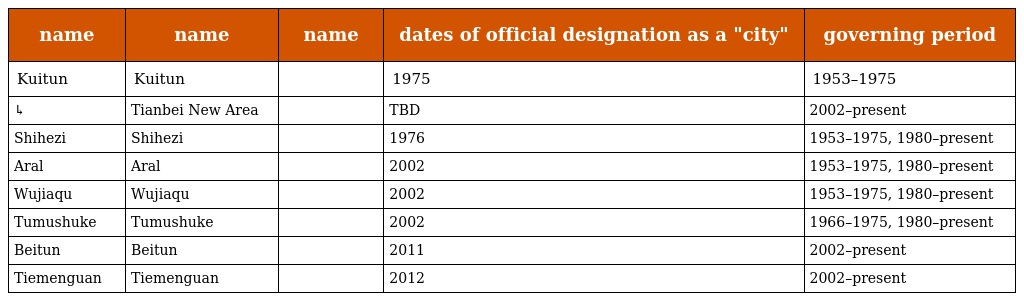
| name | name | name | dates of official designation as a "city" | governing period |
 | --- | --- | --- | --- | --- |
 | Kuitun | Kuitun | 奎屯市 | 1975 | 1953–1975 |
 | ↳ | Tianbei New Area | 天北新区 | TBD | 2002–present |
 | Shihezi | Shihezi | 石河子市 | 1976 | 1953–1975, 1980–present |
 | Aral | Aral | 阿拉尔市 | 2002 | 1953–1975, 1980–present |
 | Wujiaqu | Wujiaqu | 五家渠市 | 2002 | 1953–1975, 1980–present |
 | Tumushuke | Tumushuke | 图木舒克市 | 2002 | 1966–1975, 1980–present |
 | Beitun | Beitun | 北屯市 | 2011 | 2002–present |
 | Tiemenguan | Tiemenguan | 铁门关市 | 2012 | 2002–present |